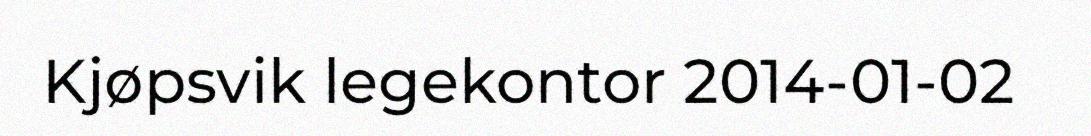
Kjøpsvik legekontor 2014-01-02